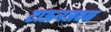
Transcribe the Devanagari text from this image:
टाऊनजवळ